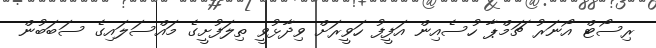
ރިސޯޓް އޯނަރު ޗަމްޕާ ހުސެއިން އަފީފު ހަވީރަށް ވިދާޅުވީ ތިލަފުށީގެ މައްސަލައިގެ ސަބަބުން